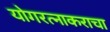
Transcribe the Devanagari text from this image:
योगरत्नाकराचा